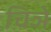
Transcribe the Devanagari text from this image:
चिञे